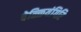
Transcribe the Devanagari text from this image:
वेळ्ळियंगिरि